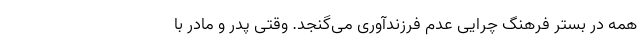
همه در بستر فرهنگ چرایی عدم فرزندآوری می‌گنجد. وقتی پدر و مادر با